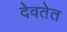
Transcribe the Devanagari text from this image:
देवतेत